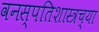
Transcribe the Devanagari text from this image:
वनस्पतिशास्त्रच्या